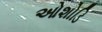
ઓશોડિ